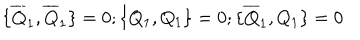
LaTeX: \{ \overline { { { Q } } } _ { 1 } , \overline { { { Q } } } _ { 1 } \} = 0 ; \{ Q _ { 1 } , Q _ { 1 } \} = 0 ; \{ \overline { { { Q } } } _ { 1 } , Q _ { 1 } \} = 0